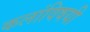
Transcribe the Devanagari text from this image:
कलांविषयी